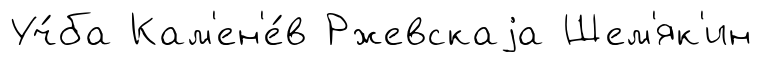
Уч́ба Кам'ен'е́в Ржевскаjа Шем'як'ин